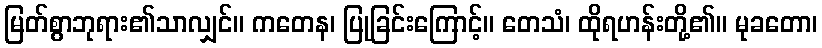
မြတ်စွာဘုရား၏သာလျှင်။ ကတေန၊ ပြုခြင်းကြောင့်။ တေသံ၊ ထိုရဟန်းတို့၏။ မုခတော၊